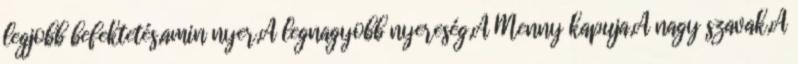
legjobb befektetés,amin nyer,A legnagyobb nyereség,A Menny kapuja,A nagy szavak,A